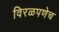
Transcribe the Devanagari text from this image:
विरळपणेच